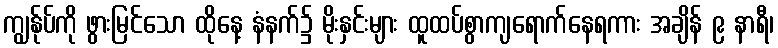
ကျွန်ုပ်ကို ဖွားမြင်သော ထိုနေ့ နံနက်၌ မိုးနှင်းများ ထူထပ်စွာကျရောက်နေရကား အချိန် ၉ နာရီ၊